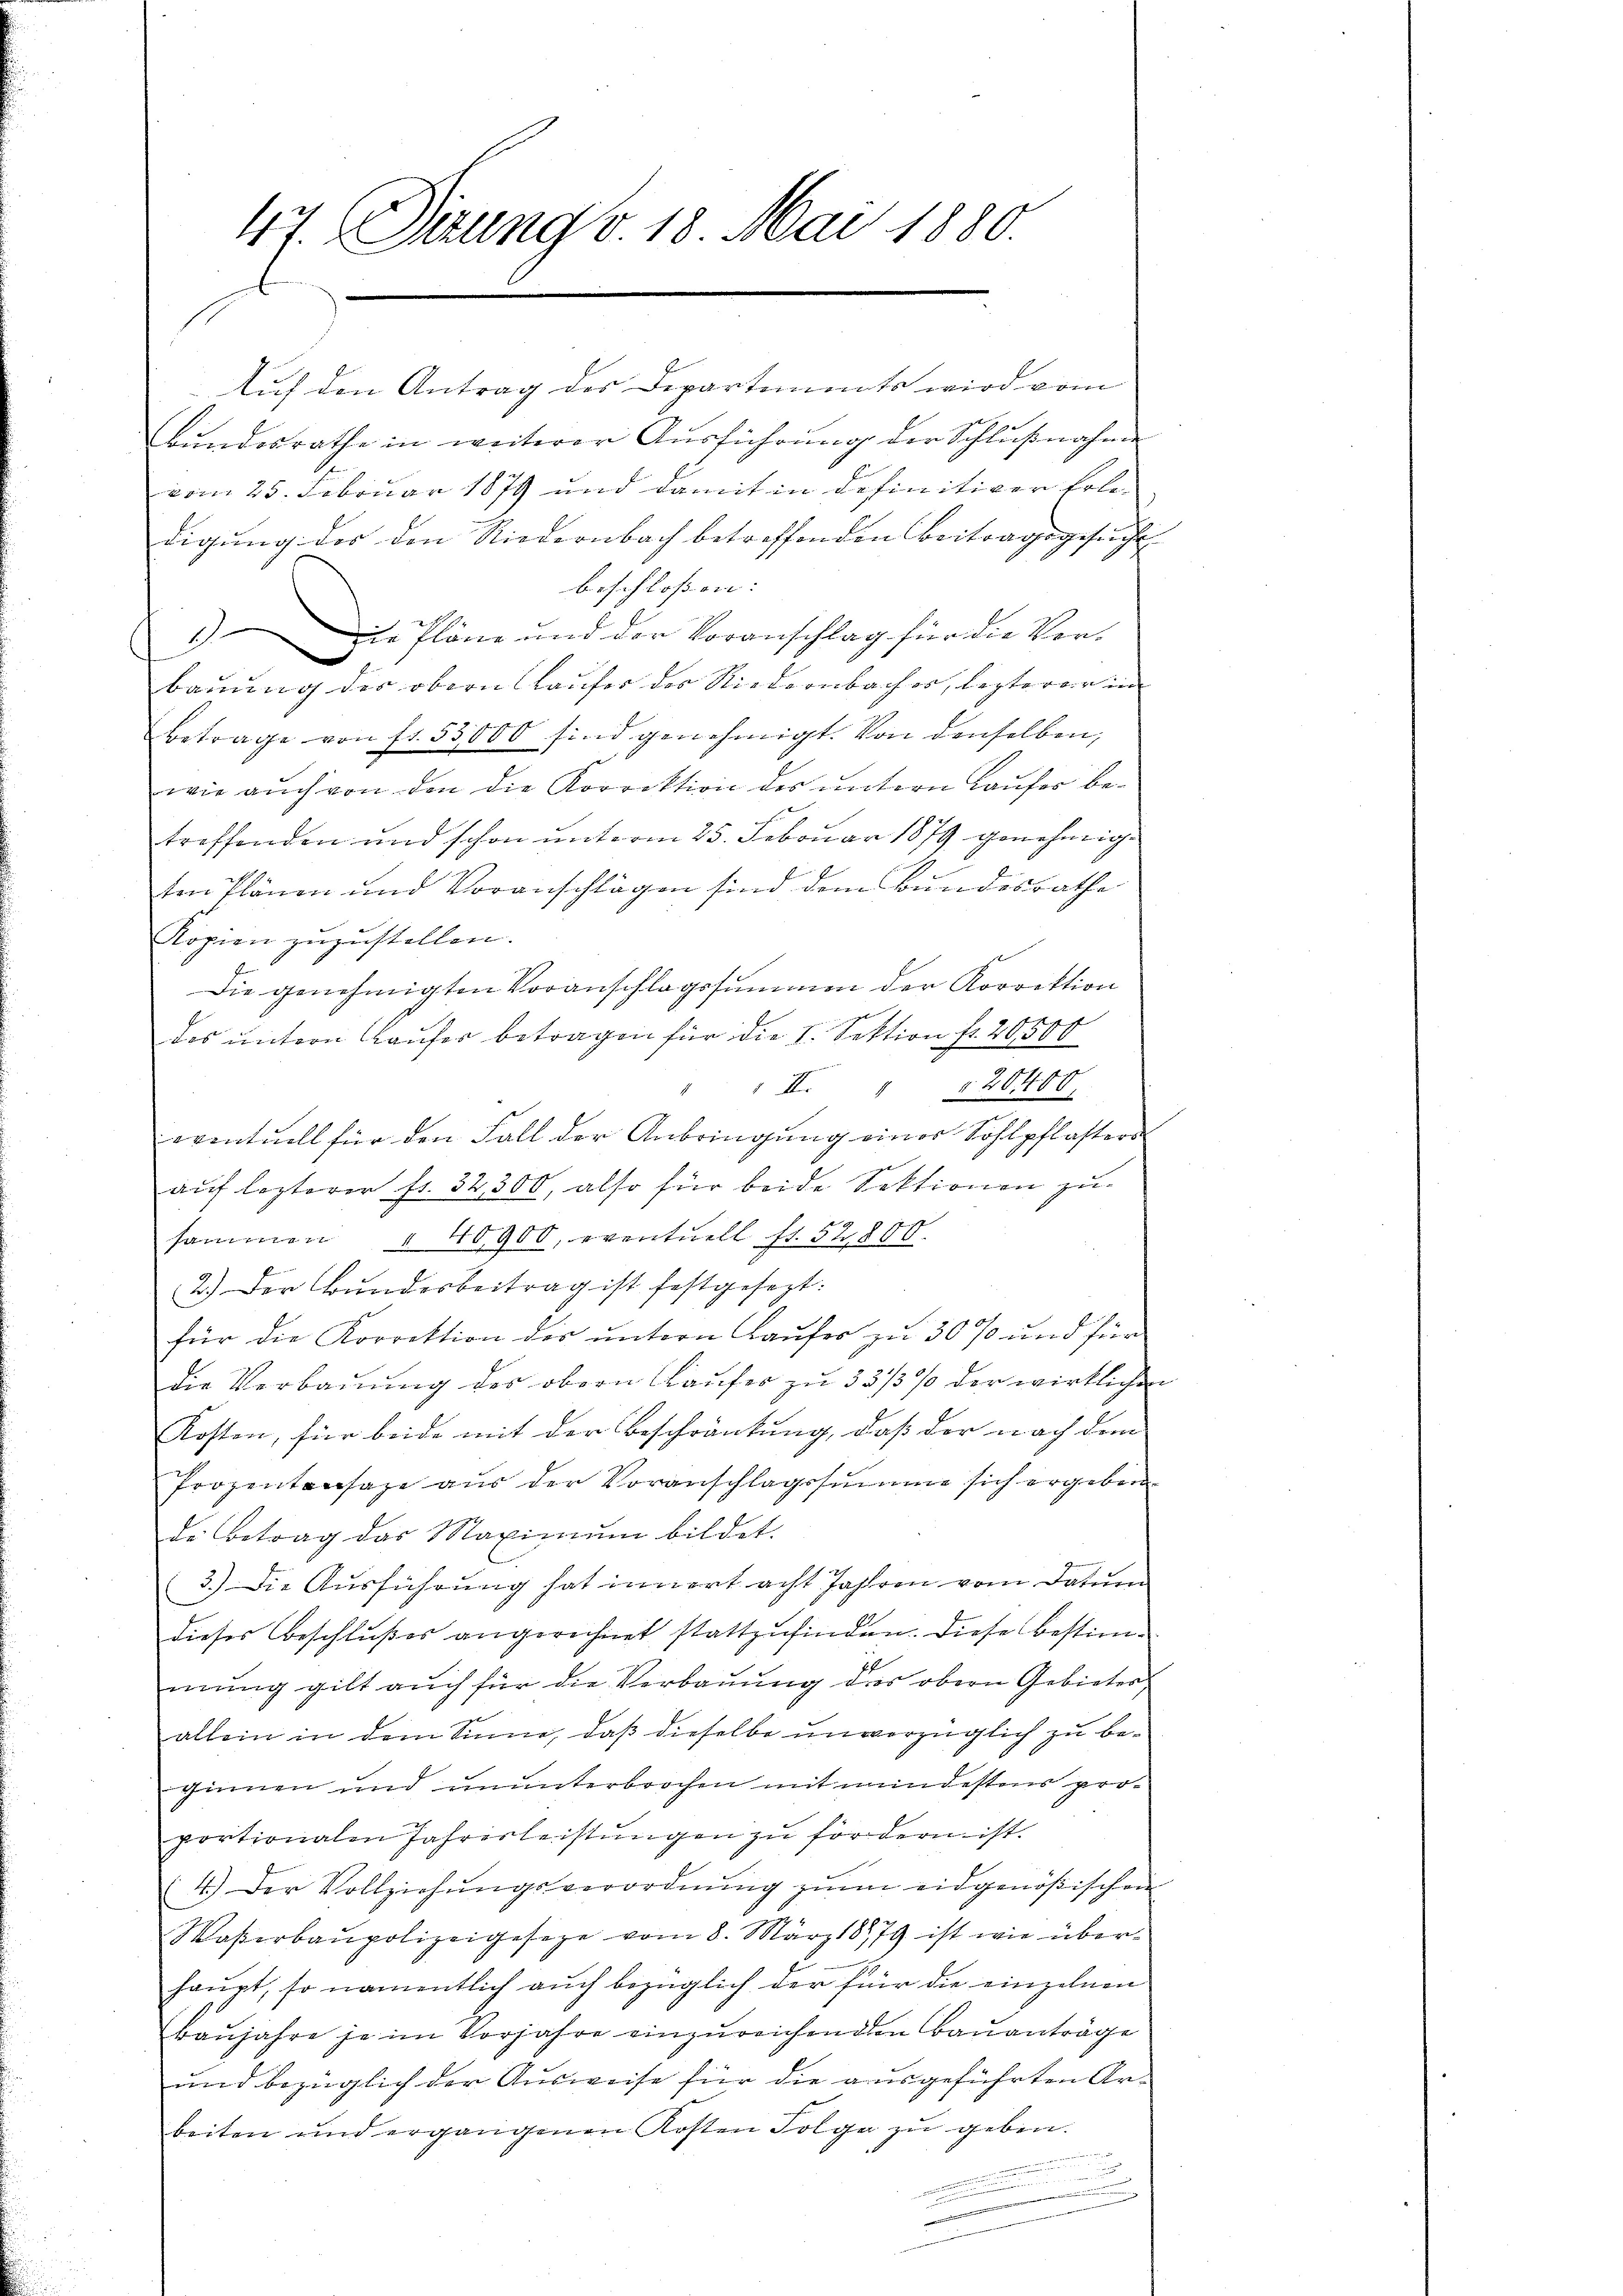
47. Dirung v. 18. Mai 1880.

Auf den Antrag des Departiments wird vom
Bundesrathe in weiterer Ausführung der Schlußnahme
vom 25. Februar 1879 und damit in definitiver Erle-
digung des den Riedernbach betreffenden Beitragsgesuche
beschloßen:
1.) Die Pläne und der Voranschlag für die Vor-
bauung der obern Laufer des Niedernbacher, lezterer in
Betrage von fr. 53,000 sind genehmigt. Von denselben,
wie auch von den die Korrektion des untern Laufer be-
treffenden und schon unterm 25. Februar 1879 genehmigten Plänen und Voranschlägen sind dem Bundesrathe
Kopien zuzustellen.
Die genehmigten Voranschlagssummen der Korrektion
f
das untern Laufer betragen für die I. Sektion fr. 26,500
s
I. " " 20400,
eventuell für den Fall der Anbringung einer Sohlpflasters
auf lezterer fr. 32300, also für beide Sektionen zu
sammen " 40900, eventuell fr. 52800.
2.) Der Bŭndesbeitrag ist festgesezt:
für die Korrektion der untern Laufer zu 30 % und für
die Verbauung des obern Kaufes zu 33/3% der wirkliche
Kosten, für beide mit der Beschränkung, daß der nach dem
Prozentensaxe aus der Voranschlagssumme sich ergeben
de Betrag das Maximŭm bildet.
3.) Die Ausführung hat innert acht Jahren vom Datum
dieses Beschlußes angerechnet stattzufinden. Diese Bestimmung gilt auch für die Verbauung des obern Gebieter
allein in dem Sinne, daß dieselbe unvorzüglich zu beginnen und ununterbrochen mit mindestens proportionalen Jahrerleistŭngen zu fördern ist.
4.) Der Vollziehŭngsverordnung zum eidgenößischen
Waßerbaupolizeigeseze vom 8. März 1879 ist wie über-
haupt, so namentlich auch bezüglich der für die einzelnen
Baŭjahre je im Vorjahre einzureichenden Bauanträge
und bezüglich der Ausweise für die ausgeführten Arbeiten und ergangenen Kosten Folge zu geben.